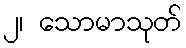
၂၊ သောမာသုတ်